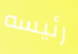
رئيسه